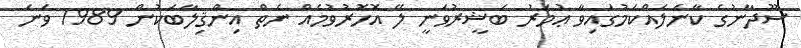
ސޫދާނުގެ ކާނަލެއްކަމުގައިވާ ޢުމަރު ބަޝީރުވަނީ ލޭ އޮހޮރުވުމެއް ނެތް އިންޤިލާބަކުން 1989 ވަނަ